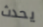
يحدث